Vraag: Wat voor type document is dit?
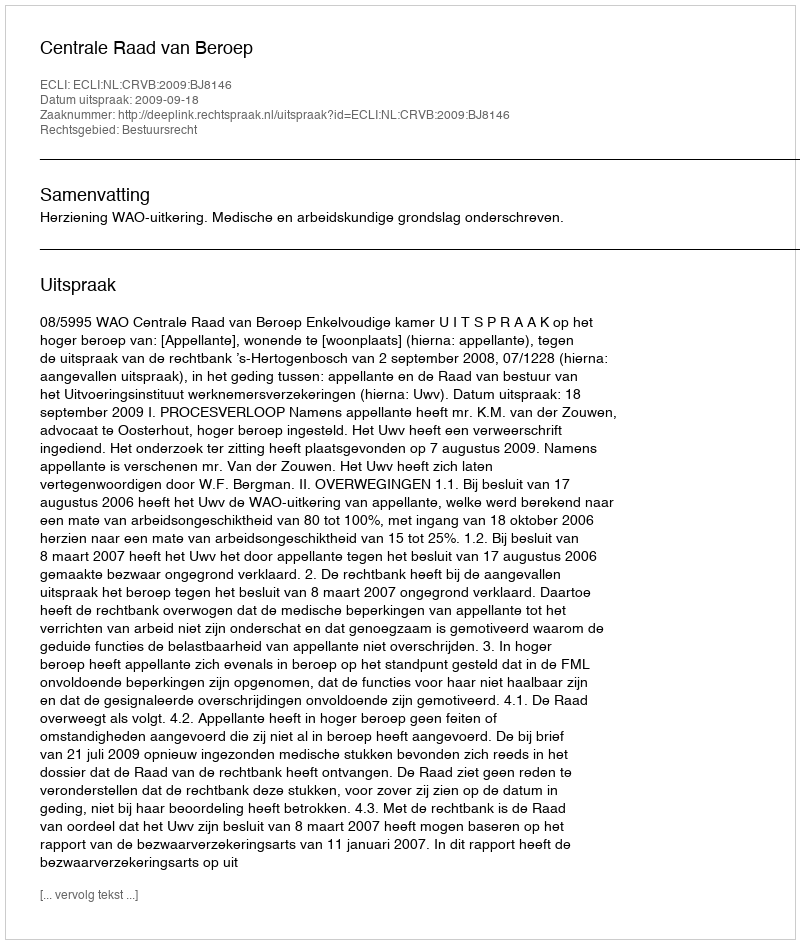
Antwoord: Uitspraak